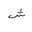
Letter: _shin